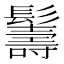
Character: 𩯦